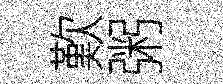
歎粥